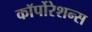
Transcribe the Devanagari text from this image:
कॉर्पोरेशन्‍स